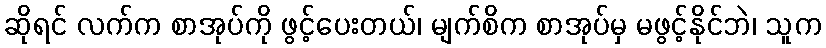
ဆိုရင် လက်က စာအုပ်ကို ဖွင့်ပေးတယ်၊ မျက်စိက စာအုပ်မှ မဖွင့်နိုင်ဘဲ၊ သူက